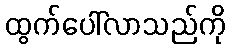
ထွက်ပေါ်လာသည်ကို